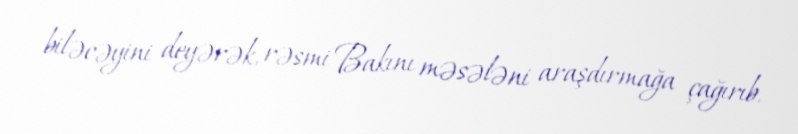
biləcəyini deyərək, rəsmi Bakını məsələni araşdırmağa çağırıb.